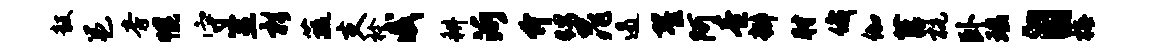
毅邕旁幌守筮杉蔬支衿戚耕沂介甥晁遏翟阿卷瓣肘俄伽莒杭卧瑶自梅